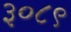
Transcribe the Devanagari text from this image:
३०८९